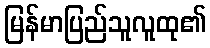
မြန်မာပြည်သူလူထု၏